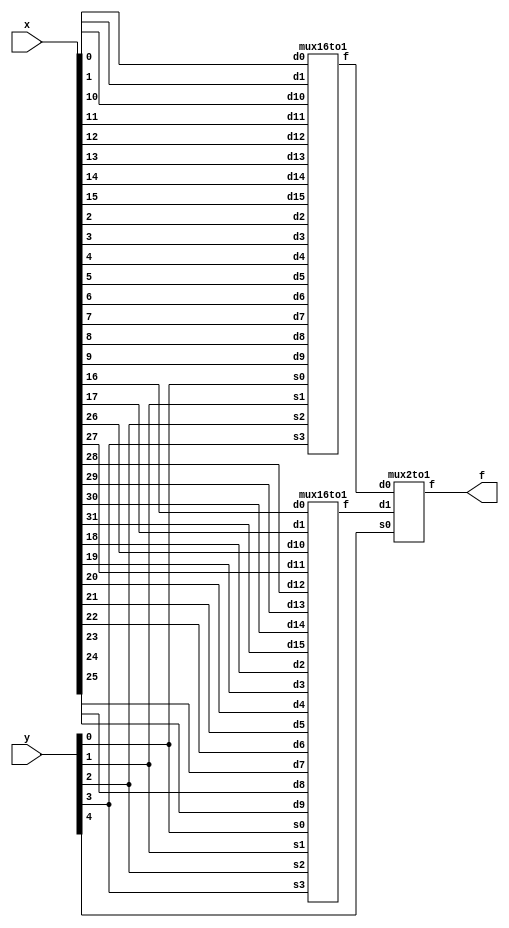
/**/
module mux32(x,y,f);
input [31:0]x;
input [4:0]y;
output f;
mux16to1 mux1(x[0],x[1],x[2],x[3],x[4],x[5],x[6],x[7],x[8],x[9],x[10],x[11],x[12],x[13],x[14],x[15],y[0],y[1],y[2],y[3],w1);
mux16to1 mux2(x[16],x[17],x[18],x[19],x[20],x[21],x[22],x[23],x[24],x[25],x[26],x[27],x[28],x[29],x[30],x[31],y[0],y[1],y[2],y[3],w2);
mux2to1 mux3(w1,w2,y[4],f);


endmodule
module mux16to1(d0, d1, d2, d3, d4, d5, d6, d7,d8,d9,d10,d11,d12,d13,d14,d15, s0, s1, s2, s3,f);
input d0, d1, d2, d3, d4, d5, d6, d7, d8, d9, d10, d11, d12, d13, d14,d15;
input s0, s1, s2, s3;
output f;
mux8to1 mux0(d0,d1,d2,d3,d4,d5,d6,d7,s0,s1,s2,w1);
mux8to1 mux1(d8,d9,d10,d11,d12,d13,d14,d15,s0,s1,s2,w2);
mux2to1 mux3(w1,w2,s3,f);




endmodule
module mux8to1(d0, d1, d2, d3, d4, d5, d6, d7, s0, s1, s2, f);
	input d0, d1, d2, d3, d4, d5, d6, d7, s0, s1, s2;
	output f;
	
	mux4to1 mux0 (d0, d1, d2, d3, s0, s1, w1);
	mux4to1 mux1 (d4, d5, d6, d7, s0, s1, w2);
	mux2to1 mux2 (w1, w2, s2, f);
	
	/*	FOR TESTING:
	assign d0 = 0;
	assign d1 = 0;
	assign d2 = 0;
	assign d2 = 0;
	assign d4 = 1;
	assign d5 = 1;
	assign d6 = 1;
	assign d7 = 0;
	assign d8 = 1;
	assign s0 = 1;
	assign s1 = 1;
	assign s2 = 1;
	
	initial
		begin
		$monitor($time,,"d7=%b, d6=%b, d5=%b, d4=%b, d3=%b, d2=%b, d1=%b, d0=%b, s2=%b, s1=%b, s0=%b, f=%b", d7, d6, d5, d4, d3, d2, d1, d0, s2, s1, s0, f);
		$display($time,,"d7=%b, d6=%b, d5=%b, d4=%b, d3=%b, d2=%b, d1=%b, d0=%b, s2=%b, s1=%b, s0=%b, f=%b", d7, d6, d5, d4, d3, d2, d1, d0, s2, s1, s0, f);
		$display($time,,"d7=%b, d6=%b, d5=%b, d4=%b, d3=%b, d2=%b, d1=%b, d0=%b, s2=%b, s1=%b, s0=%b, f=%b", d7, d6, d5, d4, d3, d2, d1, d0, s2, s1, s0, f);
		end
	*/
endmodule

module mux4to1(d0, d1, d2, d3, s0, s1, f);
	input d0, d1, d2, d3, s0, s1;
	output f;
	
	mux2to1 mux0 (d0, d1, s0, w1);
	mux2to1 mux1 (d2, d3, s0, w2);
	mux2to1 mux2 (w1, w2, s1, f);

	/* FOR TESTING:
	assign d0 = 0;
	assign d1 = 0;
	assign d2 = 0;
	assign d3 = 1;
	assign s0 = 1;
	assign s1 = 1;
	
	initial
		begin
		$monitor($time,,"d3=%b, d2=%b, d1=%b, d0=%b, s1=%b, s0=%b, f=%b", d3, d2, d1, d0, s1, s0, f);
		$display($time,,"d3=%b, d2=%b, d1=%b, d0=%b, s1=%b, s0=%b, f=%b", d3, d2, d1, d0, s1, s0, f);
		$display($time,,"d3=%b, d2=%b, d1=%b, d0=%b, s1=%b, s0=%b, f=%b", d3, d2, d1, d0, s1, s0, f);
		end
	*/
endmodule

module mux2to1(d0, d1, s0, f);
	input d0, d1, s0;
	output f;
	
	and(w17, d1, s0);
	not(w15, s0);
	and(w18, w15, d0);
	or(f, w17, w18);
	
	/* FOR TESTING:
	assign d0 = 0;
	assign d1 = 1;
	assign s0 = 1;
	
	initial
		begin
		$monitor($time,,"d1=%b, d0=%b, s0=%b f=%b",d1,d0,s0, f);
		$display($time,,"d1=%b, d0=%b, s0=%b f=%b",d1,d0,s0, f);
		$display($time,,"d1=%b, d0=%b, s0=%b f=%b",d1,d0,s0, f);
		end
	*/
endmodule